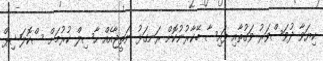
ކިޔަވާ ދުވަސްވަރު ވަގުތާއި ފައިސާ ބޭކާރުނުކޮށް ރަނގަޅު ނަތީޖާއެއް ހާސިލް ކުރުމަށް ސްކޮލަޝިޕް